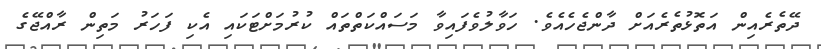
ދޭތެރެއިން އަތޮޅުތެރެއަށް ދާންޖެހެއެވެ. ހަވާލުވެފައިވާ މަސައްކަތްތައް ކުރުމަށްޓަކައި އެކި ފަހަރު މަތިން ރާއްޖޭގެ